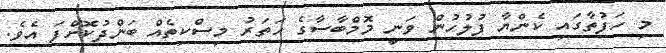
މި ހަފުތާގައި ކެންޔާ ފުލުހުން ވަނީ މޮމްބާސާގެ ހަތަރު މިސްކިތެއް ބަންދުކޮށްފަ އެވެ.